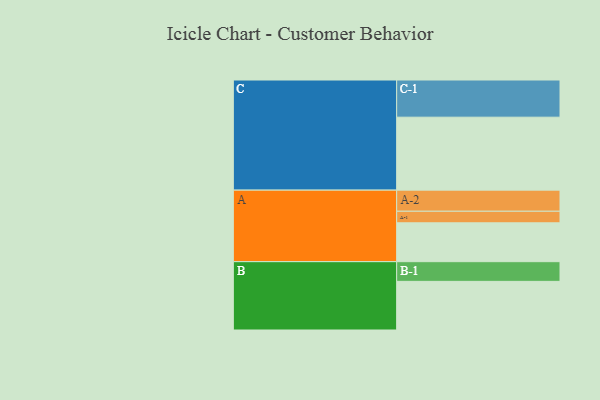
{"axis": {"x": "Segment", "y": "Value"}, "legend": ["", "A", "B", "C"], "data": [{"x": "A", "y": 302, "type": ""}, {"x": "B", "y": 378, "type": ""}, {"x": "C", "y": 567, "type": ""}, {"x": "A-1", "y": 90, "type": "A"}, {"x": "A-2", "y": 164, "type": "A"}, {"x": "B-1", "y": 153, "type": "B"}, {"x": "C-1", "y": 289, "type": "C"}]}